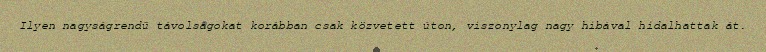
Ilyen nagyságrendű távolságokat korábban csak közvetett úton, viszonylag nagy hibával hidalhattak át.